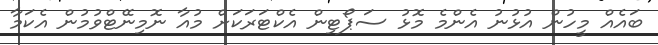
ބައެއް މީހުން އުޅުނު އެންމެ މޮޅު ސަޕޯޓިން އެކްޓަރަކަށް މުއާ ނޮމިނޭޓްވުމުން އެކަމާ